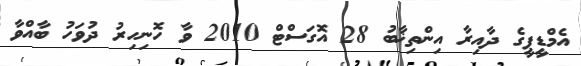
އެމްޑީޕީގެ ދާއިރާ އިންތިޚާބު 28 އޮގަސްޓް 2010 ވާ ހޮނިހިރު ދުވަހު ބާއްވާ